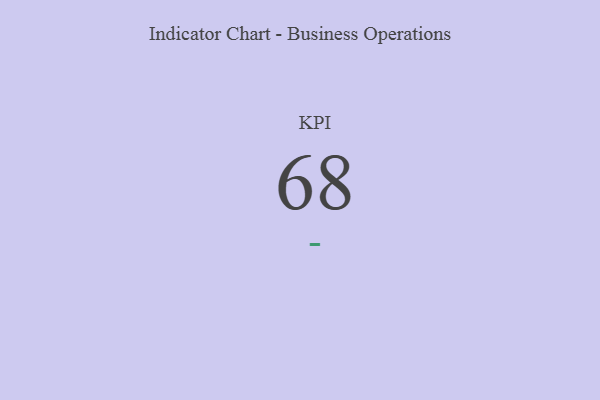
{"axis": {"x": "KPI", "y": "Value"}, "legend": [""], "data": [{"x": "KPI", "y": 68, "type": ""}]}